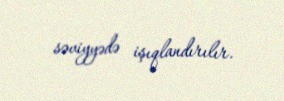
səviyyədə işıqlandırılır.